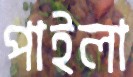
পাইলা